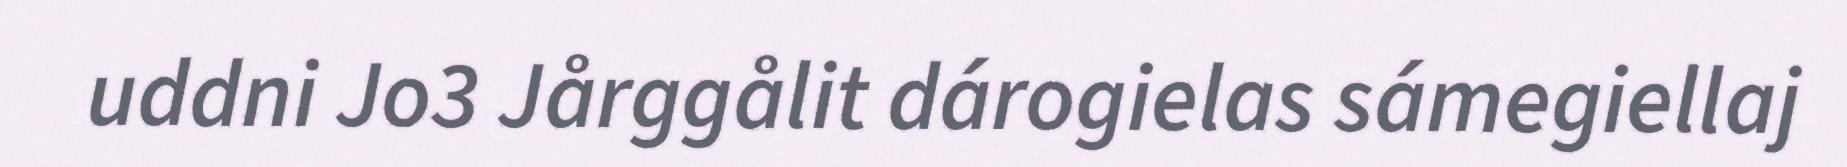
uddni Jo3 Jårggålit dárogielas sámegiellaj